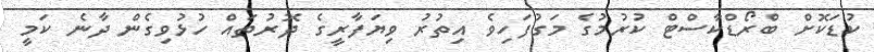
ކުޑަކޮށް ބްރޯޑްކާސްޓް ކުރުމުގެ މަގުފަހިވެ އިތުރު ވިޔަފާރީގެ ދޮރުތައް ހުޅުވިގެން ދާނެ ކަމީ